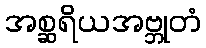
အစ္ဆရိယအဗ္ဘုတံ